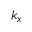
k _ { x }